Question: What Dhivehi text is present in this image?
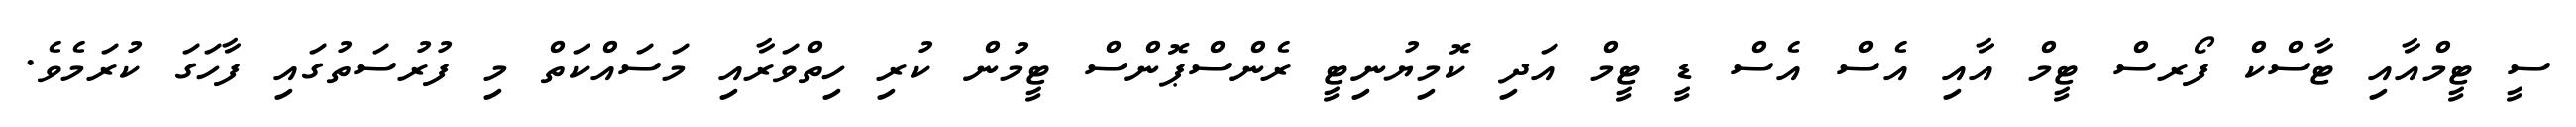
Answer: ސީ ޓީމްއާއި ޓާސްކް ފޯރސް ޓީމް އާއި އެސް އެސް ޑީ ޓީމް އަދި ކޮމިޔުނިޓީ ރެންސްޕޮންސް ޓީމުން ކުރި ހިތްވަރާއި މަސައްކަތް މި ފުރުސަތުގައި ފާހަގަ ކުރަމެވެ.